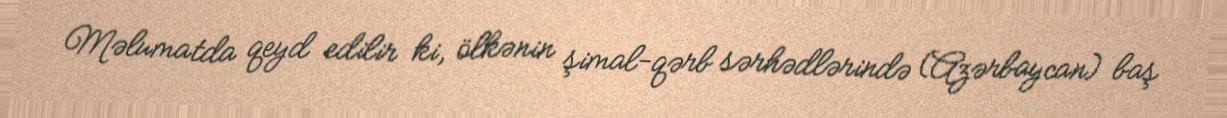
Məlumatda qeyd edilir ki, ölkənin şimal-qərb sərhədlərində (Azərbaycan) baş